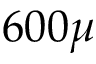
6 0 0 \mu